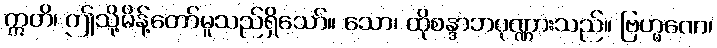
ဣတိ၊ ဤသို့မိန့်တော်မူသည်ရှိသော်။ သော၊ ထိုစန္ဒာဘပုဏ္ဏားသည်။ ဗြဟ္မဏေ၊